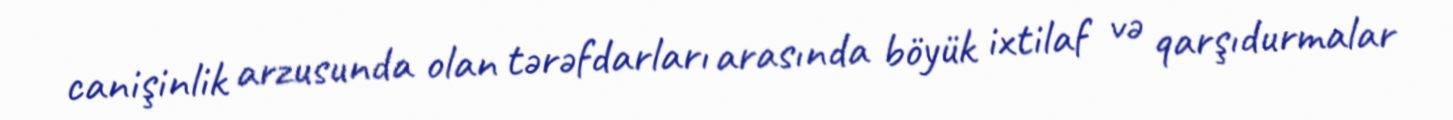
canişinlik arzusunda olan tərəfdarları arasında böyük ixtilaf və qarşıdurmalar